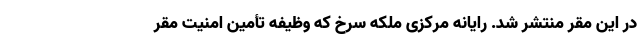
در این مقر منتشر شد. رایانه مرکزی ملکه سرخ که وظیفه تأمین امنیت مقر